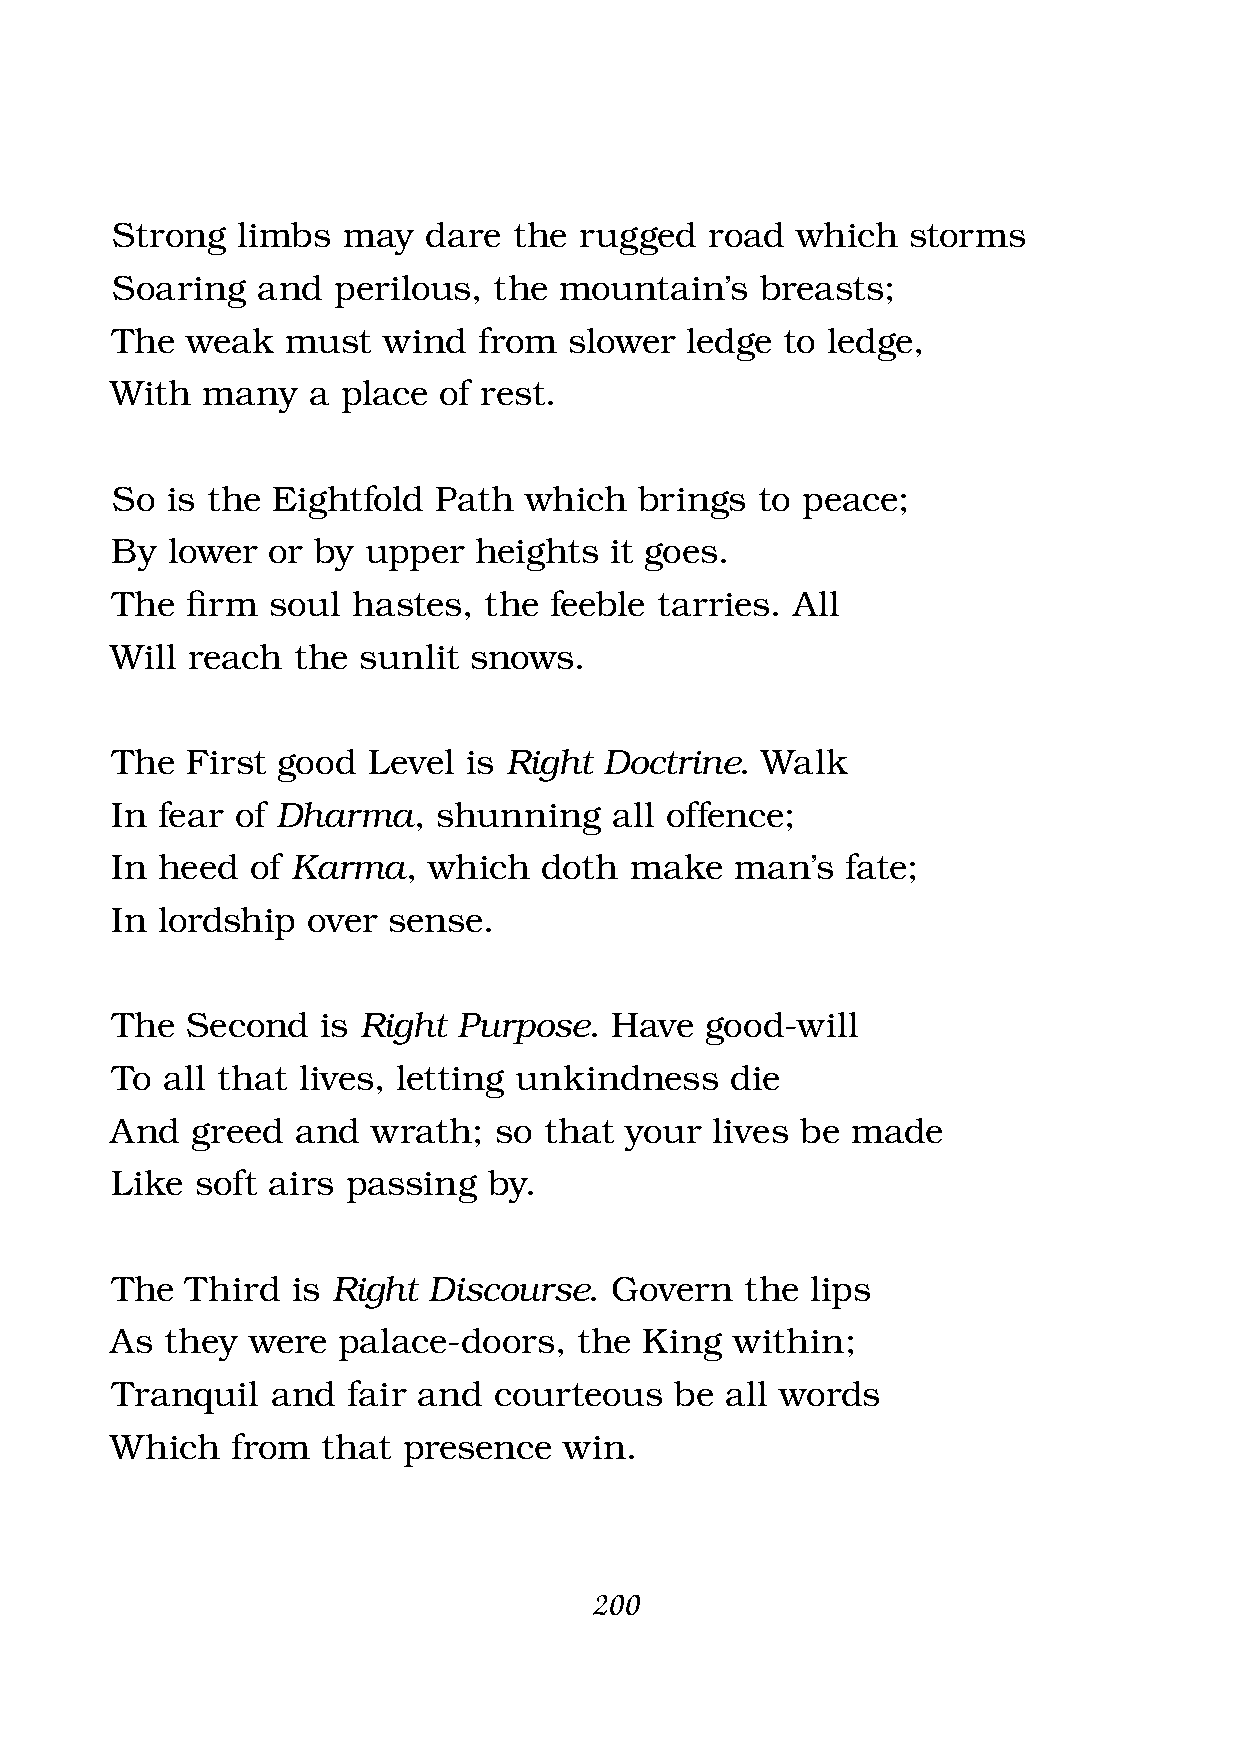
Strong   limbs  may  dare  the rugged   road  which  storms
 Soaring   and  perilous,  the mountain’s   breasts;
 The  weak   must  wind   from  slower ledge  to ledge,
 With  many   a  place of rest.
 So  is the Eightfold  Path  which  brings  to peace;
 By  lower  or by upper  heights  it goes.
 The  fi rm soul hastes,  the feeble tarries. All
 Will reach  the  sunlit snows.
 The  First good  Level  is Right Doctrine. Walk
 In fear  of Dharma,   shunning    all offence;
 In heed   of Karma,  which   doth  make   man’s  fate;
 In lordship  over  sense.
 The  Second   is Right Purpose.  Have   good-will
 To  all that lives, letting unkindness   die
 And   greed  and  wrath;  so that your  lives be made
 Like  soft airs passing  by.
 The  Third  is Right Discourse.  Govern   the  lips
 As  they were  palace-doors,   the  King  within;
 Tranquil   and  fair and  courteous   be all words
 Which   from  that  presence  win.
 200